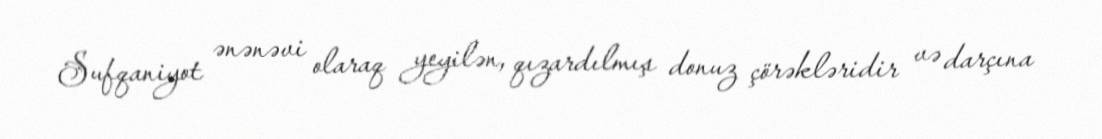
Sufqaniyot ənənəvi olaraq yeyilən, qızardılmış donuz çörəkləridir və darçına